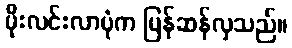
မိုးလင်းလာပုံက မြန်ဆန်လှသည်။